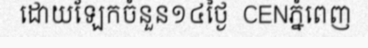
ដោយឡែកចំនួន១៤ថ្ងៃ  CENភ្នំពេញ